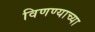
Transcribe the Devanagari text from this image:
विणण्याच्या